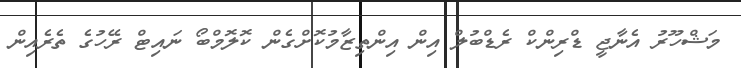
މަޝްހޫރު އެނާޖީ ޑްރިންކް ރެޑްބުލް އިން އިންތިޒާމުކޮށްގެން ކޮލޮމްބޯ ނައިޓް ރޭހުގެ ތެރެއިން